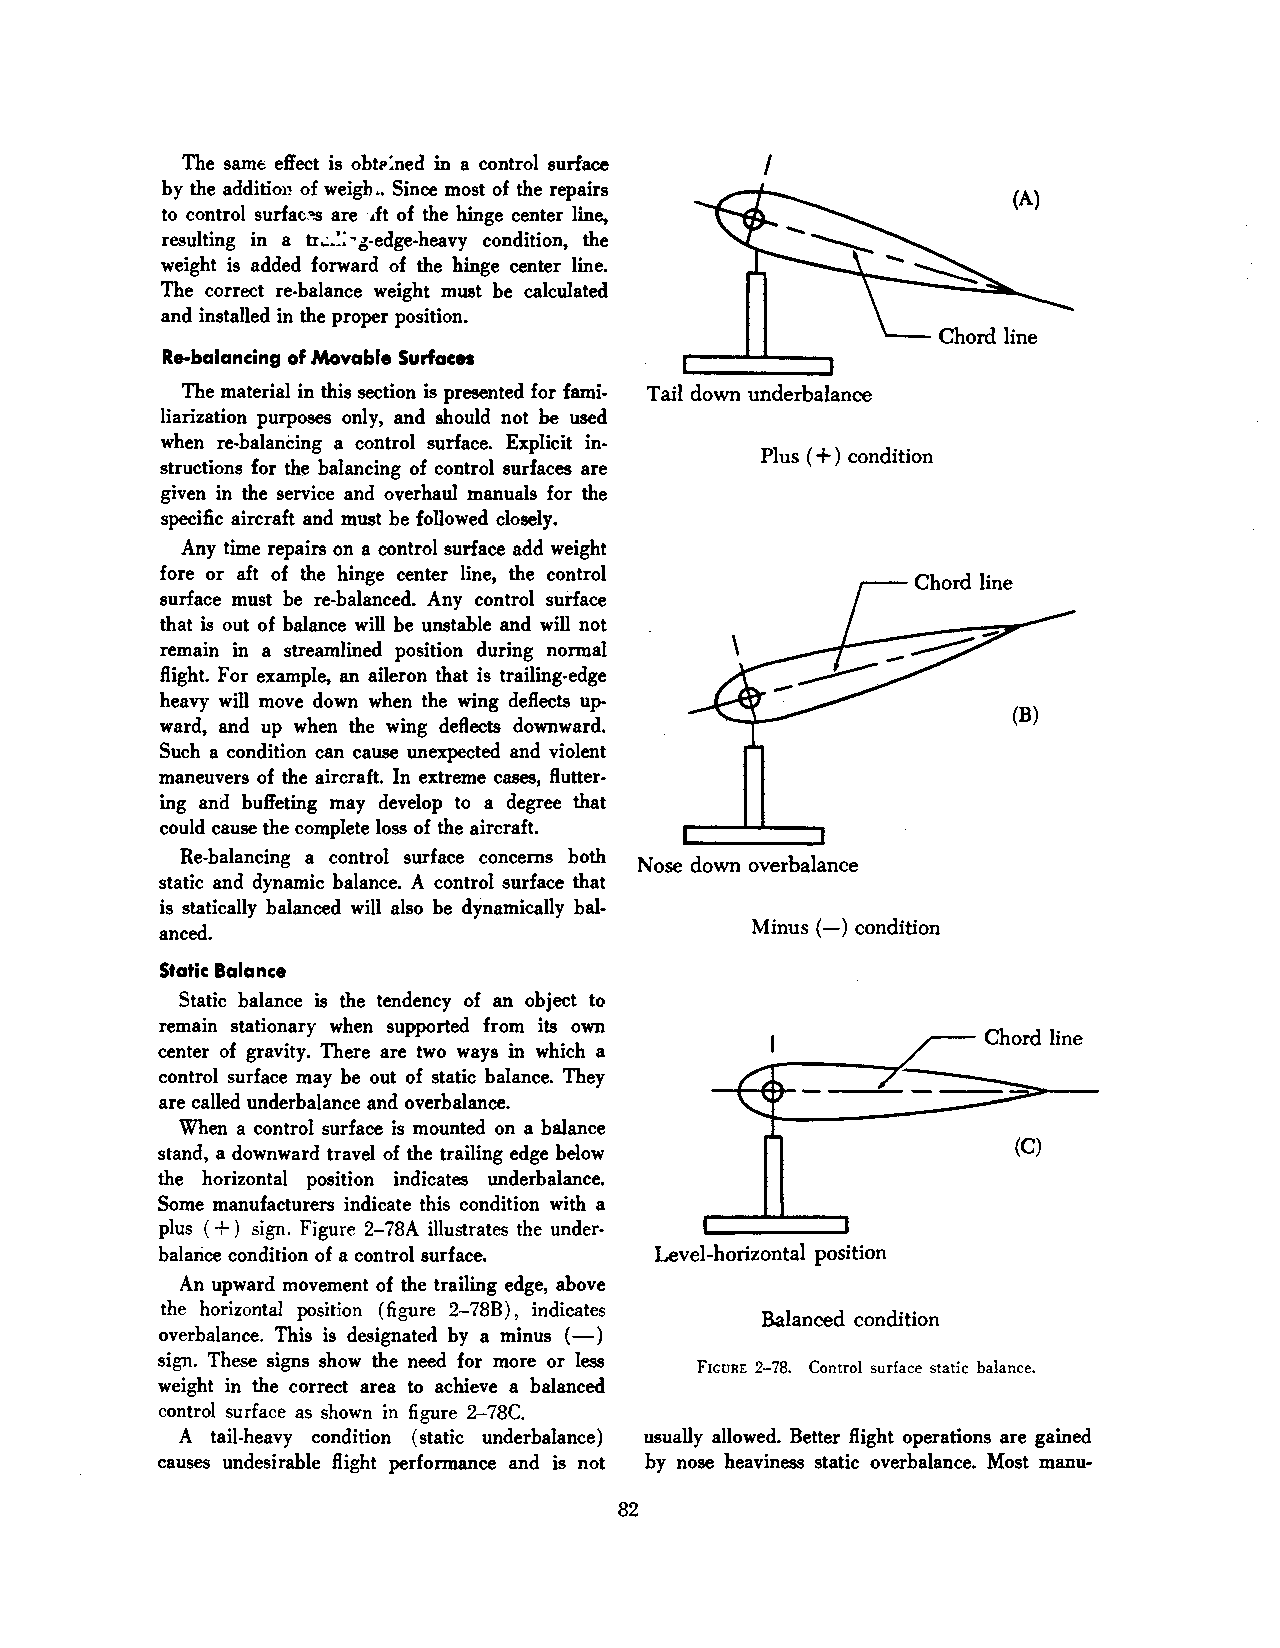
The same effect is obtl' :ned in a control surface I
 by the addition of weigh.. Since most of the repairs
 to control surfac:~ are ·.Jt of the hinge center line,
 resulting in a tr..:.:>g-edge-heavy condition, the
 weight is added forward of the hinge center line.
 The correct re-balance weight must be calculated
 and installed in the proper position.
 Re-balancing of Movable Surfaces
 The material in this section is presented for fami Tail down underbalance
 liarization purposes only, and should not be used
 when re-balancing a control surface. Explicit in + )
 Plus ( condition
 structions for the balancing of control surfaces are
 given in the service and overhaul manuals for the
 specific aircraft and must be followed closely.
 Any time repairs on a control surface add weight
 fore or aft of the hinge center line, the control
 surface must be re-balanced. Any control surface
 that is out of balance will be unstable and will not
 remain in a streamlined position during normal
 flight. For example, an aileron that is trailing-edge
 heavy will move down when the wing deflects up
 ward, and up when the wing deflects downward.
 Such a condition can cause unexpected and violent
 maneuvers of the aircraft. In extreme cases, flutter
 ing and buffeting may develop to a degree that
 could cause the complete loss of the aircraft.
 Re-balancing a control surface concerns both Nose down overbalance
 static and dynamic balance. A control surface that
 is statically balanced will also be dynamically bal-
 anced.                                 Minus (-) condition
 Static Balance
 Static balance is the tendency of an object to
 remain stationary when supported from its own
 center of gravity. There are two ways in which a
 control surface may be out of static balance. They
 are called underbalance and overbalance.
 When a control surface is mounted on a balance
 stand, a downward travel of the trailing edge below      (C)
 the horizontal position indicates underbalance.
 Some manufacturers indicate this condition with a
 plus ( +) sign. Figure 2-78A illustrates the under·
 balarice condition of a control surface. Level-horizontal position
 An upward movement of the trailing edge, above
 the horizontal position (figure 2-78B) , indicates
 Balanced condition
 overbalance. This is designated by a minus (-)
 sign. These signs show the need for more or less
 FrcuRE 2-78. Control surface static balance.
 weight in the correct area to achieve a balanced
 control surface as shown in figure 2-78C.
 A tail-heavy condition (static underbalance) usually allowed. Better flight operations are gained
 causes undesirable flight performance and is not by nose heaviness static overbalance. Most manu-
 82